Civil Veterinary Department Bihar & Orissa reports 1929-36 - 1929-1936
Year: 1929
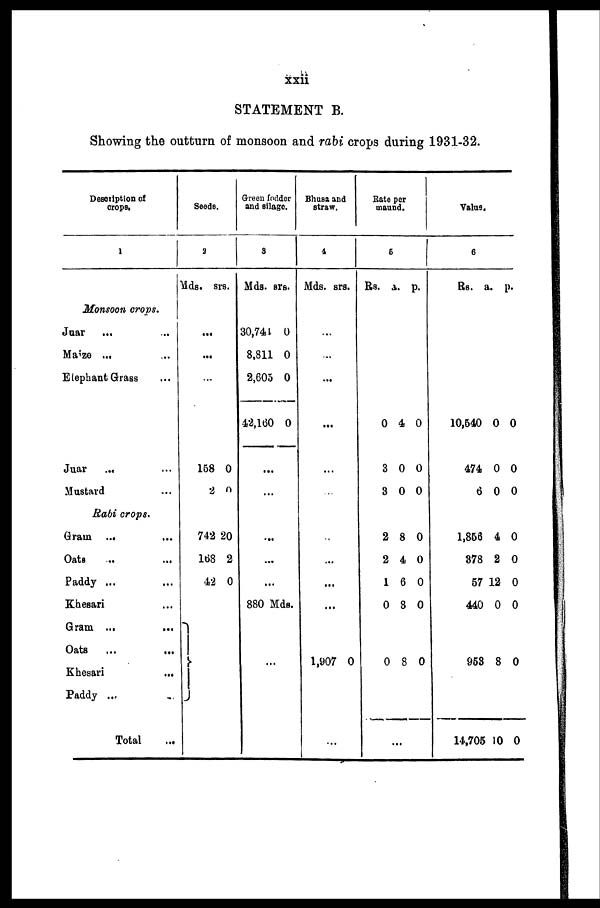
xxii
STATEMENT B.
Showing the outturn of monsoon and rabi crops during 1931-32.
Description of
crops.
1
Monsoon crops.
Juar ... ...
Maize ... ...
Elephant Grass ...
Juar ... ...
Mustard
Rabi crops.
Grain ...
Oats
...
...
Paddy ...
Khesari ...
Gram ...
Oats ...
Khesari ...
Paddy ... ...
Total ...
Seeds.
2
Mds. srs.
...
...
...
158
2
0
0
742
168
42
20
2
0
Green fodder
and silage.
3
Mds. srs.
30,741
8,811
2,605
42,160
0
0
0
0
...
...
...
...
...
880 Mds.
...
Bhusa and
straw.
4
Mds. srs.
...
...
...
...
...
...
...
...
...
...
1,907 0
...
Rate per
maund.
5
Rs. a. p.
0
3
3
2
2
1
0
0
4
0
0
8
4
6
8
8
0
0
0
0
0
0
0
0
...
Value.
6
Rs. a. p.
10,540
474
6
1,856
378
57
440
953
14,705
0
0
0
4
2
12
0
8
10
0
0
0
0
0
0
0
0
0